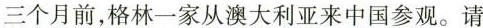
三个月前，格林一家从澳大利亚来中国参观。请